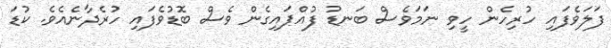
ފަލަވެފައި ހުރިހެން ހީވި ނަމަވެސް ބަނޑު ފުއްޕައިގެން ވެސް ބޮޑުވެފައި ހުރެދާނެއެވެ. ކުޑަ